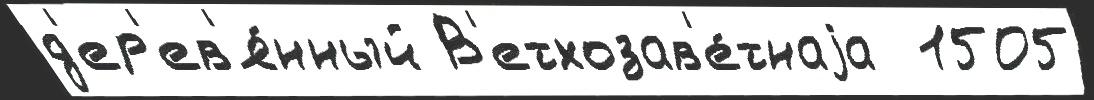
д'ер'ев'я́нный В'етхозав'е́тнаjа  1505